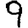
Digit: 9